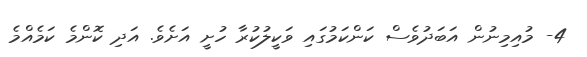
4- މުއިމިނުން އަބަދުވެސް ކަންކަމުގައި ވަކީލުކުރާ ހުށީ އަށެވެ. އަދި ކޮންމެ ކަމެއްމެ